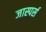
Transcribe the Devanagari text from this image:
जास्पर्स